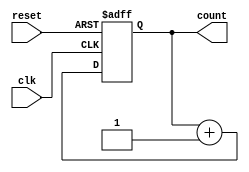
module ripple_counter (
    input wire clk,          // Clock input
    input wire reset,        // Asynchronous reset
    output reg [N-1:0] count // N-bit counter output
);
    parameter N = 4; // Number of bits in the counter (can be changed as needed)

    // Always block for the counter operation
    always @(posedge clk or posedge reset) begin
        if (reset) begin
            count <= 0; // Reset the counter to 0
        end else begin
            count <= count + 1; // Increment the counter
        end
    end
endmodule